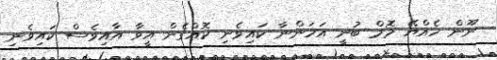
ނޫން ހެއްޔޭ މޮމް ބުނީ އަހަންނާ ކައިވެނި ކޮއްގެން އީވާ އާއިވެސް ކައިވެނި